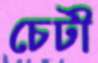
চেটী